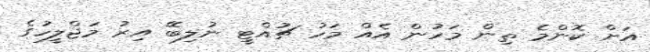
އަށް ކޮންމެ ތިން މަހުން އެއް މަހު ޗުއްޓީ ނުލިބޭ އިރު މަޖްލީހުގެ